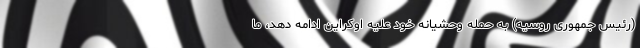
(رئیس جمهوری روسیه) به حمله وحشیانه خود علیه اوکراین ادامه دهد، ما